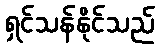
ရှင်သန်နိုင်သည်